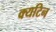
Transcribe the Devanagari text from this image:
क्यटिन